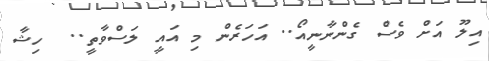
އިލޫ އަށް ވެސް ގެންނާނީއޯ.. އަހަރެން މި އައީ ލަސްވާތީ..  ހިޝާ